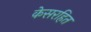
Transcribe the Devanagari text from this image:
केसरहित